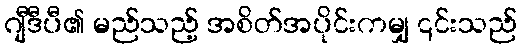
ဂျီဒီပီ၏ မည်သည့် အစိတ်အပိုင်းကမျှ ၎င်းသည်